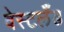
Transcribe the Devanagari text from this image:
वेस्टलँड